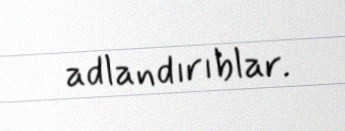
adlandırıblar.